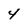
Character: 4